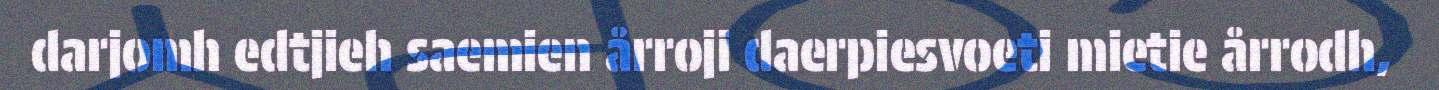
darjomh edtjieh saemien årroji daerpiesvoeti mietie årrodh,